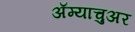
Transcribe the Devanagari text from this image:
अॅम्याचुअर